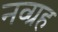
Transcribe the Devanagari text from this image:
नव्ग्रह